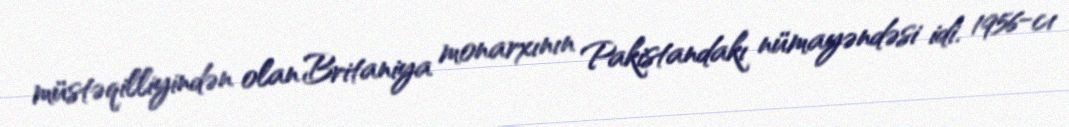
müstəqilliyindən olan Britaniya monarxının Pakistandakı nümayəndəsi idi. 1956-cı